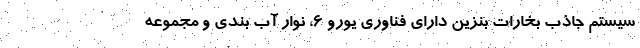
سیستم جاذب بخارات بنزین دارای فناوری یورو ۶، نوار آب بندی و مجموعه